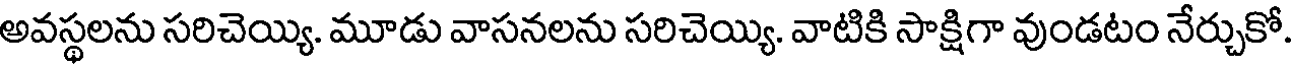
అవస్థలను సరిచెయ్యి. మూడు వాసనలను సరిచెయ్యి. వాటికి సాక్షిగా వుండటం నేర్చుకో.